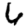
Digit: 6